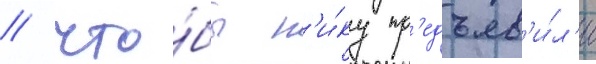
/ что́бы н'и́ку пр'едъяв'и́л'и